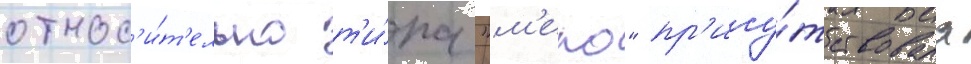
относ'и́т'ельно т'и́па "м'еко" пр'ису́тствовала